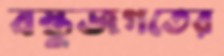
বস্তুজগতের